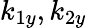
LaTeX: k_{1y},k_{2y}